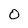
Character: 0